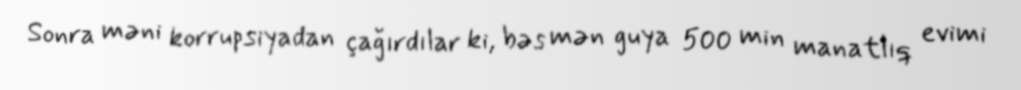
Sonra məni korrupsiyadan çağırdılar ki, bəs mən guya 500 min manatlıq evimi